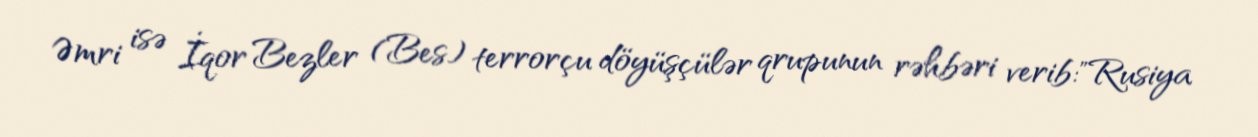
Əmri isə İqor Bezler (Bes) terrorçu döyüşçülər qrupunun rəhbəri verib:"Rusiya